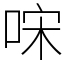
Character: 𠳼